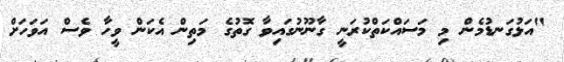
"އަޅުގަނޑުމެން މި މަސައްކަތްކުރަނީ ގާނޫނުގައިވާ ގޮތުގެ މަތިން އެކަން ވީހާ ވެސް އަވަހަށް